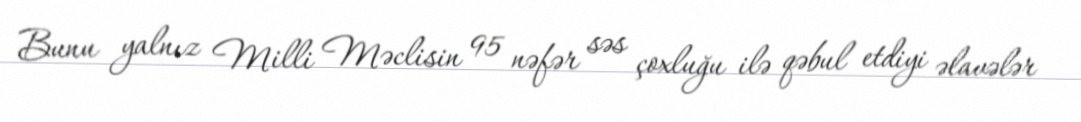
Bunu yalnız Milli Məclisin 95 nəfər səs çoxluğu ilə qəbul etdiyi əlavələr